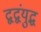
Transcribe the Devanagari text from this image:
द्वद्वंयुद्ध